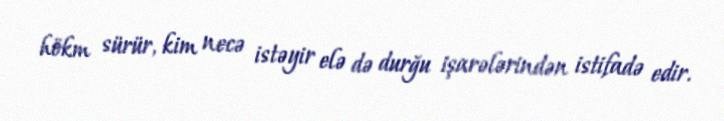
hökm sürür, kim necə istəyir elə də durğu işarələrindən istifadə edir.